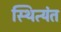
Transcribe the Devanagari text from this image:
स्थित्यंत